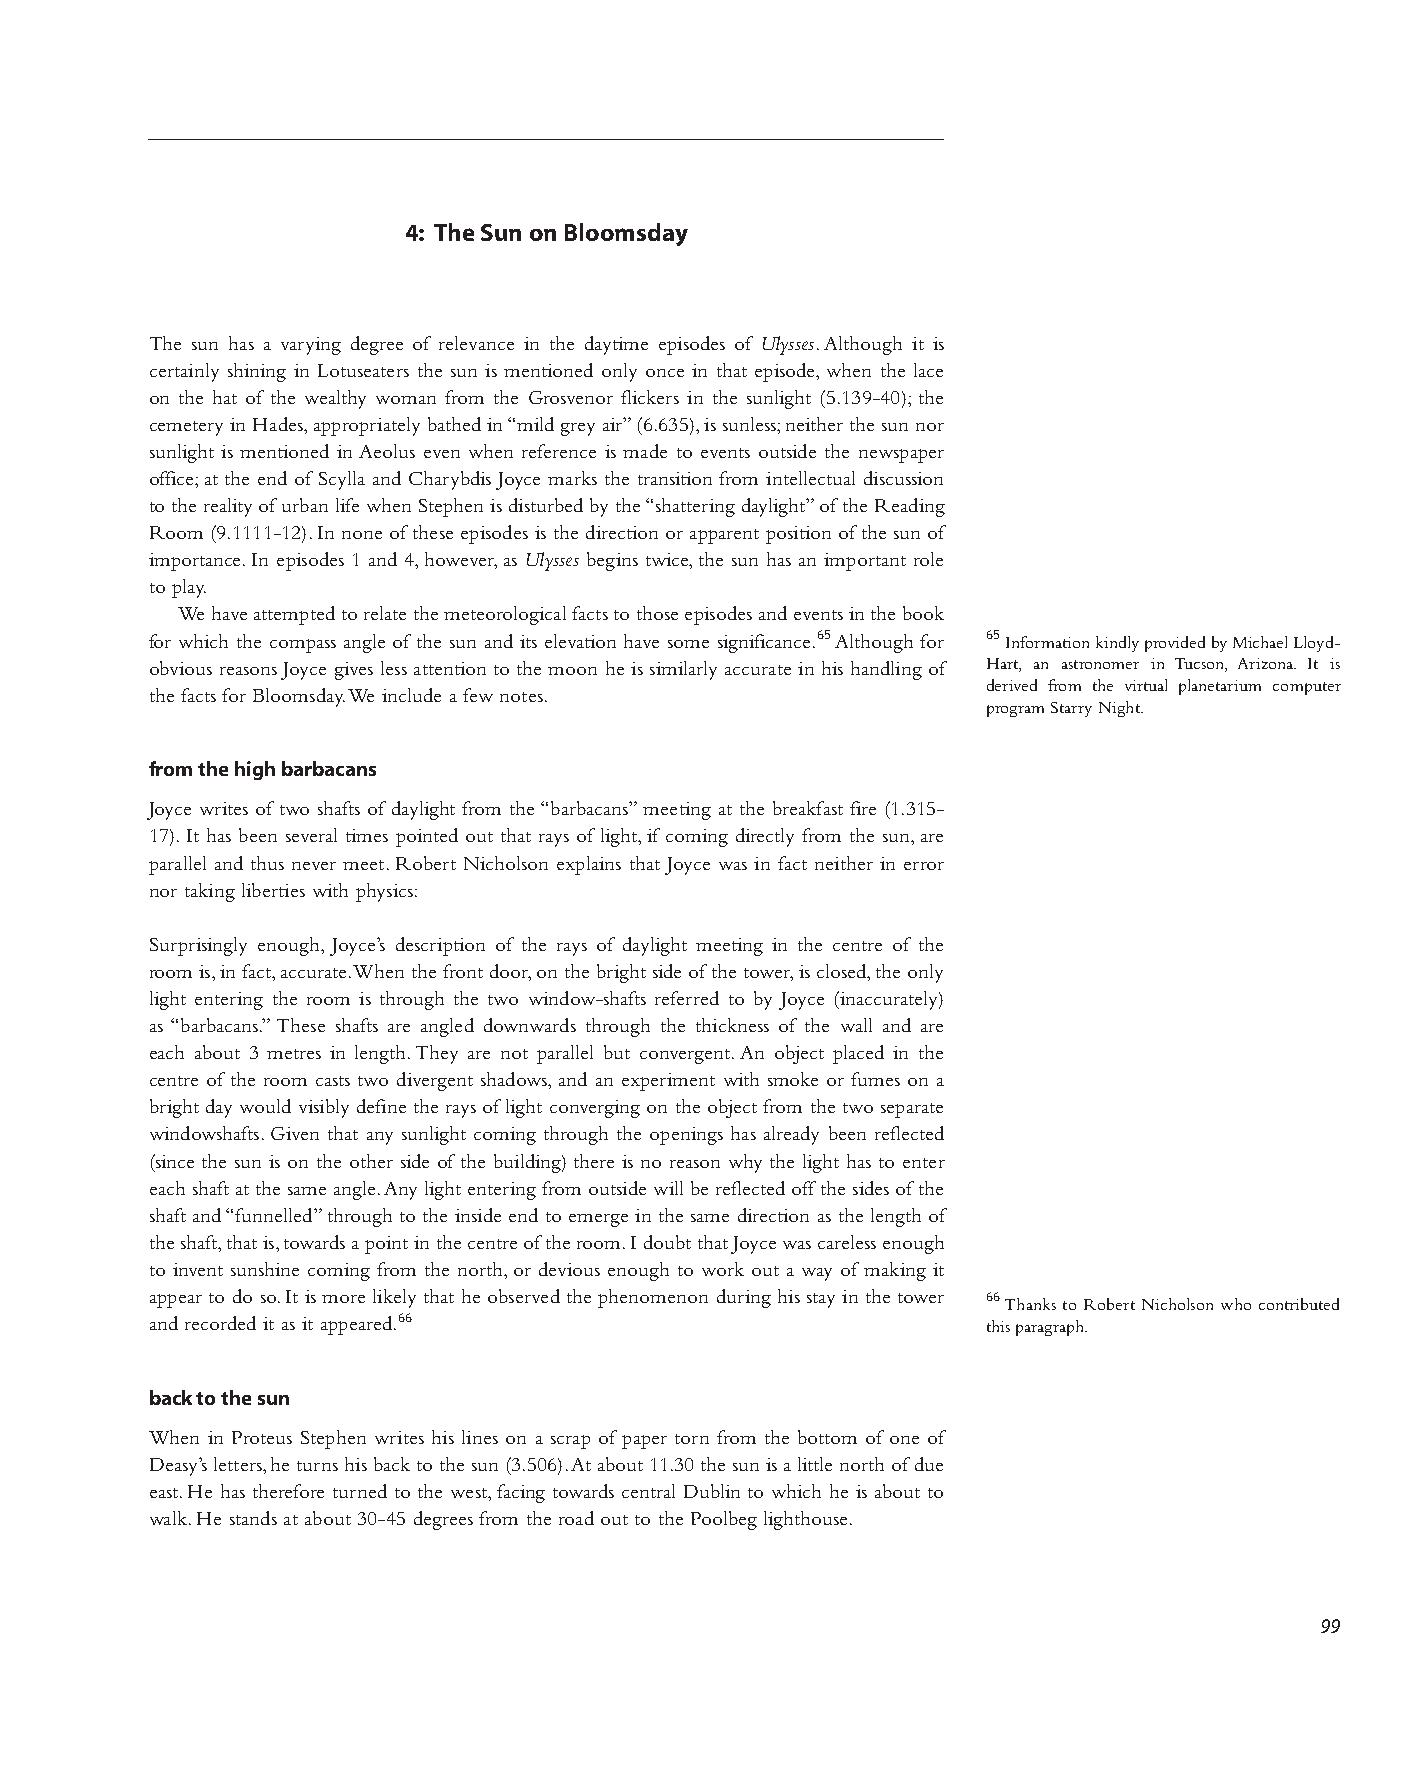
4: The Sun on Bloomsday
 The sun has a varying degree of relevance in the daytime episodes of Ulysses. Although it is
 certainly shining in Lotuseaters the sun is mentioned only once in that episode, when the lace
 on the hat of the wealthy woman from the Grosvenor flickers in the sunlight (5.139-40); the
 cemetery in Hades, appropriately bathed in “mild grey air” (6.635), is sunless; neither the sun nor
 sunlight is mentioned in Aeolus even when reference is made to events outside the newspaper
 office; at the end of Scylla and Charybdis Joyce marks the transition from intellectual discussion
 to the reality of urban life when Stephen is disturbed by the “shattering daylight” of the Reading
 Room (9.1111-12). In none of these episodes is the direction or apparent position of the sun of
 importance. In episodes 1 and 4, however, as Ulysses begins twice, the sun has an important role
 to play.
 We have attempted to relate the meteorological facts to those episodes and events in the book
 for which the compass angle of the sun and its elevation have some significance.65 Although for 65 Information kindly provided by Michael Lloyd-
 obvious reasons Joyce gives less attention to the moon he is similarly accurate in his handling of Hart, an astronomer in Tucson, Arizona. It is
 derived from the virtual planetarium computer
 the facts for Bloomsday. We include a few notes.
 program Starry Night.
 from the high barbacans
 Joyce writes of two shafts of daylight from the “barbacans” meeting at the breakfast fire (1.315-
 17). It has been several times pointed out that rays of light, if coming directly from the sun, are
 parallel and thus never meet. Robert Nicholson explains that Joyce was in fact neither in error
 nor taking liberties with physics:
 Surprisingly enough, Joyce’s description of the rays of daylight meeting in the centre of the
 room is, in fact, accurate. When the front door, on the bright side of the tower, is closed, the only
 light entering the room is through the two window-shafts referred to by Joyce (inaccurately)
 as “barbacans.” These shafts are angled downwards through the thickness of the wall and are
 each about 3 metres in length. They are not parallel but convergent. An object placed in the
 centre of the room casts two divergent shadows, and an experiment with smoke or fumes on a
 bright day would visibly define the rays of light converging on the object from the two separate
 windowshafts. Given that any sunlight coming through the openings has already been reflected
 (since the sun is on the other side of the building) there is no reason why the light has to enter
 each shaft at the same angle. Any light entering from outside will be reflected off the sides of the
 shaft and “funnelled” through to the inside end to emerge in the same direction as the length of
 the shaft, that is, towards a point in the centre of the room. I doubt that Joyce was careless enough
 to invent sunshine coming from the north, or devious enough to work out a way of making it
 appear to do so. It is more likely that he observed the phenomenon during his stay in the tower 66 Thanks to Robert Nicholson who contributed
 and recorded it as it appeared.66                      this paragraph.
 back to the sun
 When in Proteus Stephen writes his lines on a scrap of paper torn from the bottom of one of
 Deasy’s letters, he turns his back to the sun (3.506). At about 11.30 the sun is a little north of due
 east. He has therefore turned to the west, facing towards central Dublin to which he is about to
 walk. He stands at about 30-45 degrees from the road out to the Poolbeg lighthouse.
 99